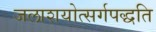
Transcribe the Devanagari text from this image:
जलाशयोत्सर्गपद्धति